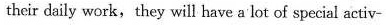
their daily work,they will have a'lot of special activ-